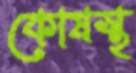
কোষস্থ